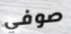
صوفي